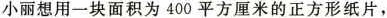
小丽想用一块面积为400平方厘米的正方形纸片，